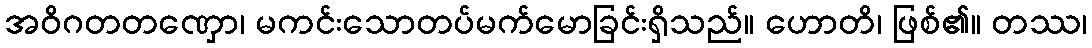
အဝိဂတတဏှော၊ မကင်းသောတပ်မက်မောခြင်းရှိသည်။ ဟောတိ၊ ဖြစ်၏။ တဿ၊